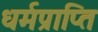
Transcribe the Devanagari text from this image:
धर्मप्राप्ति